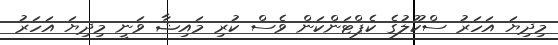
މިދިޔަ އަހަރު ސްކޫލުގެ ކެޕްޓަންކަން ވެސް ކުރި މައިޝާ ވަނީ މިދިޔަ އަހަރު